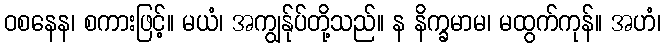
ဝစနေန၊ စကားဖြင့်။ မယံ၊ အကျွန်ုပ်တို့သည်။ န နိက္ခမာမ၊ မထွက်ကုန်။ အဟံ၊